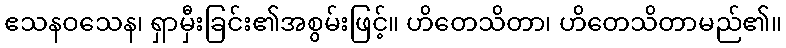
ဧသနဝသေန၊ ရှာမှီးခြင်း၏အစွမ်းဖြင့်။ ဟိတေသိတာ၊ ဟိတေသိတာမည်၏။